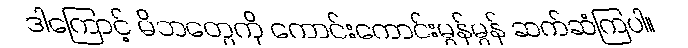
ဒါကြောင့် မိဘတွေကို ကောင်းကောင်းမွန်မွန် ဆက်ဆံကြပါ။